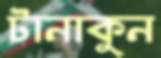
টানাকুন